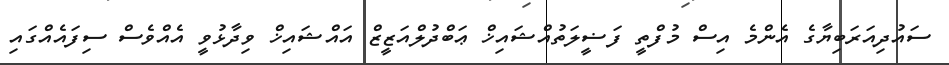
ސައުދިއަރަބިޔާގެ އެންމެ އިސް މުފްތީ ފަޟީލަތުއްޝައިޚް ޢަބްދުލްއަޒީޒް އައްޝައިޚް ވިދާޅުވީ އެއްވެސް ސިފައެއްގައި